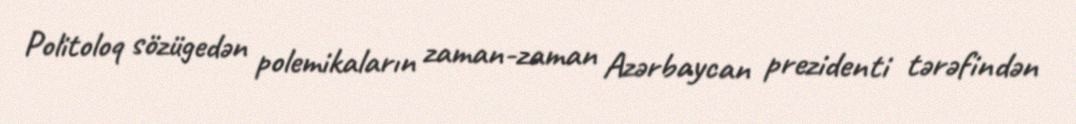
Politoloq sözügedən polemikaların zaman-zaman Azərbaycan prezidenti tərəfindən